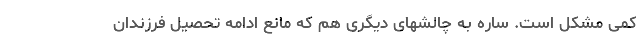
کمی مشکل است. ساره به چالشهای دیگری هم که مانع ادامه تحصیل فرزندان